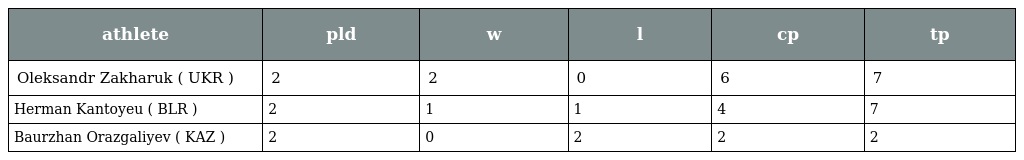
| athlete | pld | w | l | cp | tp |
 | --- | --- | --- | --- | --- | --- |
 | Oleksandr Zakharuk ( UKR ) | 2 | 2 | 0 | 6 | 7 |
 | Herman Kantoyeu ( BLR ) | 2 | 1 | 1 | 4 | 7 |
 | Baurzhan Orazgaliyev ( KAZ ) | 2 | 0 | 2 | 2 | 2 |